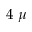
4 ~ \mu